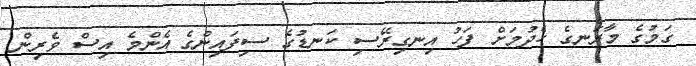
ގަމުގެ މާރަނގެ ހެދުމަށް ފަހު އިނގިރޭސި ކަނޑުގެ ސިފައިންގެ އެންމެ އިސް ވެރިން